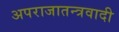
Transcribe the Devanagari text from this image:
अपराजातन्त्रवादी